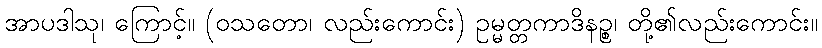
အာပဒါသု၊ ကြောင့်။ (ဝသတော၊ လည်းကောင်း) ဥမ္မတ္တကာဒိနဉ္စ၊ တို့၏လည်းကောင်း။